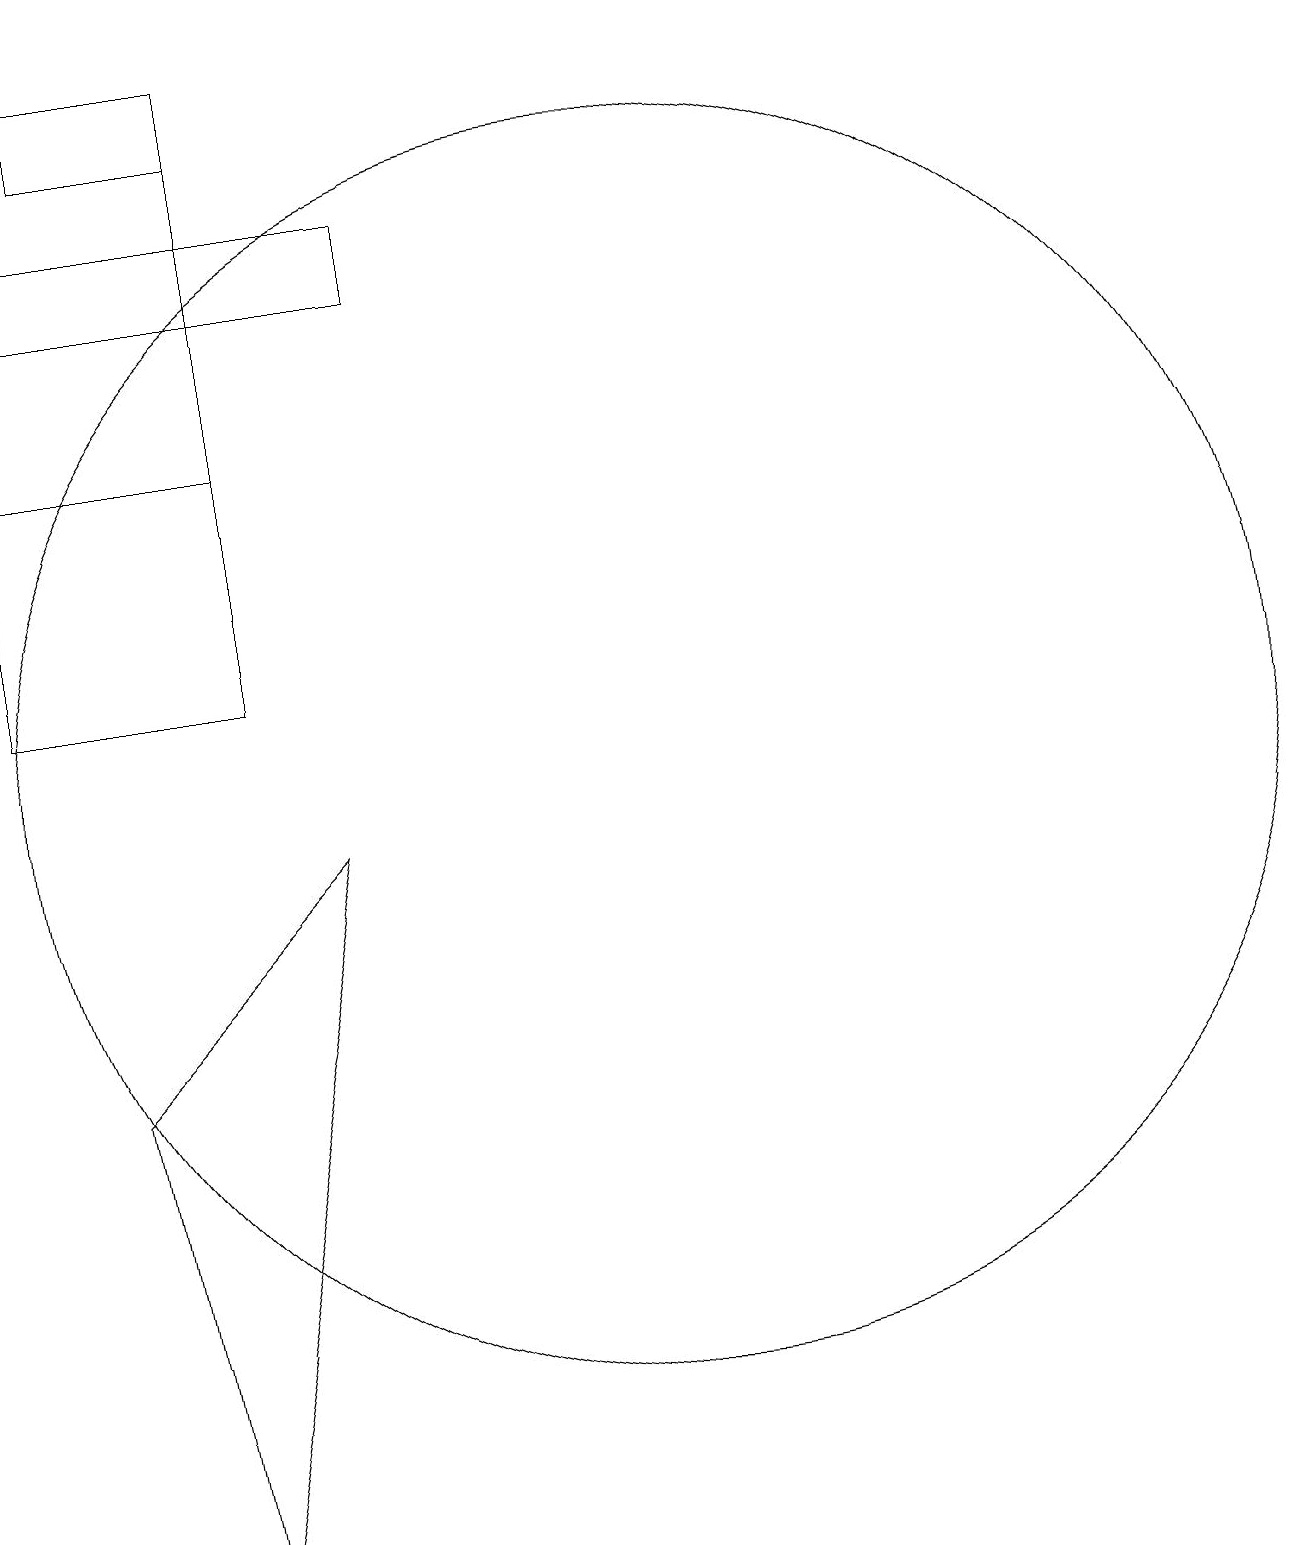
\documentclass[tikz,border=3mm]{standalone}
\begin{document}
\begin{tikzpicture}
\draw (4,18) rectangle (6,19);
\draw (3,16) rectangle (8,17);
\draw (3,11) rectangle (6,19);
\draw (3,11) rectangle (6,14);
\draw (7,9) -- (5,0) -- (4,6) -- cycle;
\draw (11,10) circle (8);
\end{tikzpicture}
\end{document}